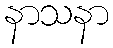
နာသနာ